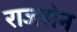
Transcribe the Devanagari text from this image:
राजसेन